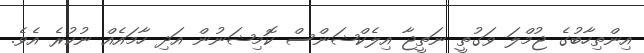
އިންތިހާބުގެ ޖުމްލަ ވަގުތީ ނަތީޖާ އިލެކްޝަންސް ކޮމިޝަނުން އަދި ހާމައެއް ނުކުރެ އެވެ.